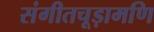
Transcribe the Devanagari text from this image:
संगीतचूड़ामणि